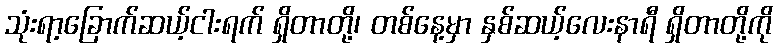
သုံးရာ့ခြောက်ဆယ့်ငါးရက် ရှိတာတို့၊ တစ်နေ့မှာ နှစ်ဆယ့်လေးနာရီ ရှိတာတို့ကို